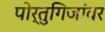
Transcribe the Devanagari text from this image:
पोर्तुगिजांवर